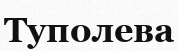
Туполева